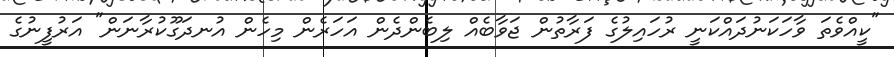
"ކީއްވެތަ ވާހަކަނުދައްކަނީ ރުހައިލުގެ ފަރާތުން ޖަވާބެއް ލިބެންދެން އަހަރެން މިހެން އުނދަގޫކުރާނަން" އަރުފީނުގެ